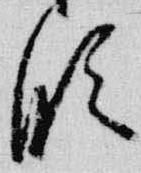
臨